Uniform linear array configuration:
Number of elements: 16
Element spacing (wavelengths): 1
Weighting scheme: hamming
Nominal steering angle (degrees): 15
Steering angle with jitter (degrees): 14.736
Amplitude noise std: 0.05
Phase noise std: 0.05

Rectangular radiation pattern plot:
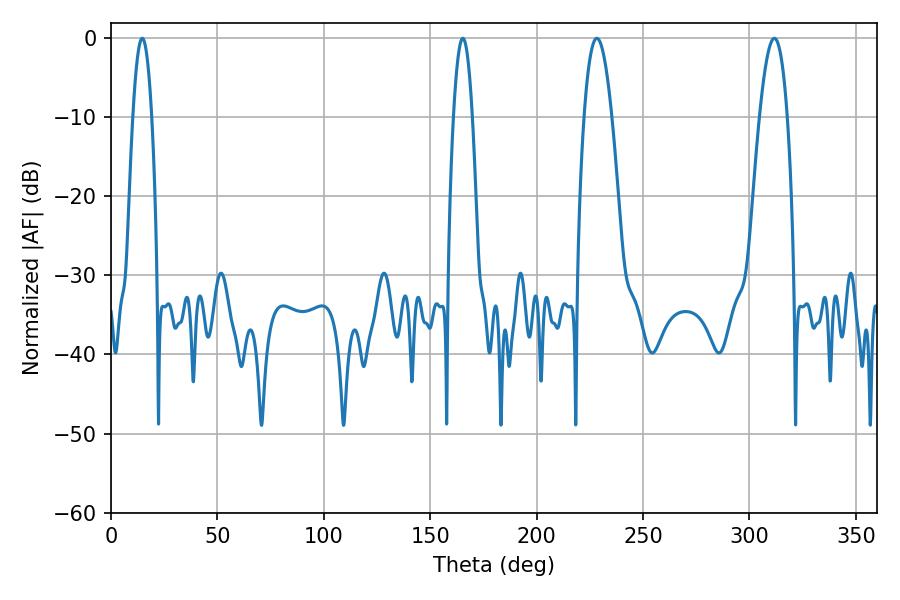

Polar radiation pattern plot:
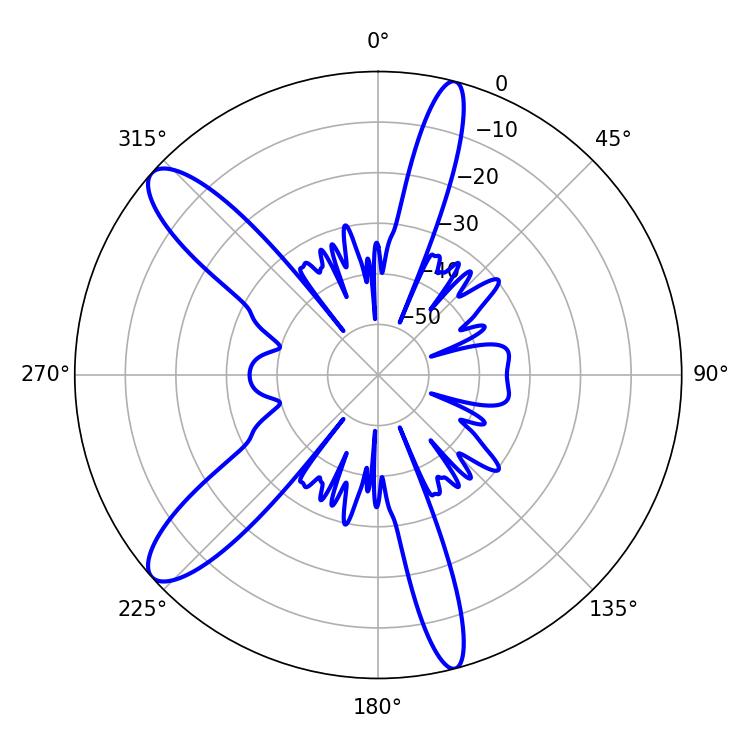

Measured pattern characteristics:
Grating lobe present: TRUE
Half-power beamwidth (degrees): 7.2
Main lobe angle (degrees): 311.76